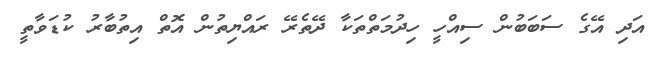
އަދި އޭގެ ސަބަބުން ސިއްހީ ހިދުމަތްތަކާ ދޭތެރޭ ރައްޔިތުން އޮތް އިތުބާރު ކުޑަވާތީ